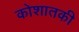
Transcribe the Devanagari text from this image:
कोशातकी